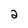
Character: 2